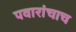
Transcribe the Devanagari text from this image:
पवारांचाच